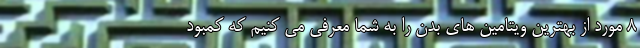
۸ مورد از بهترین ویتامین های بدن را به شما معرفی می کنیم که کمبود